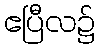
ဧပြီလ၌